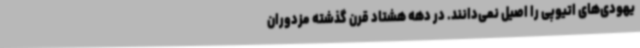
یهودی‌های اتیوپی را اصیل نمی‌دانند. در دهه هشتاد قرن گذشته مزدوران